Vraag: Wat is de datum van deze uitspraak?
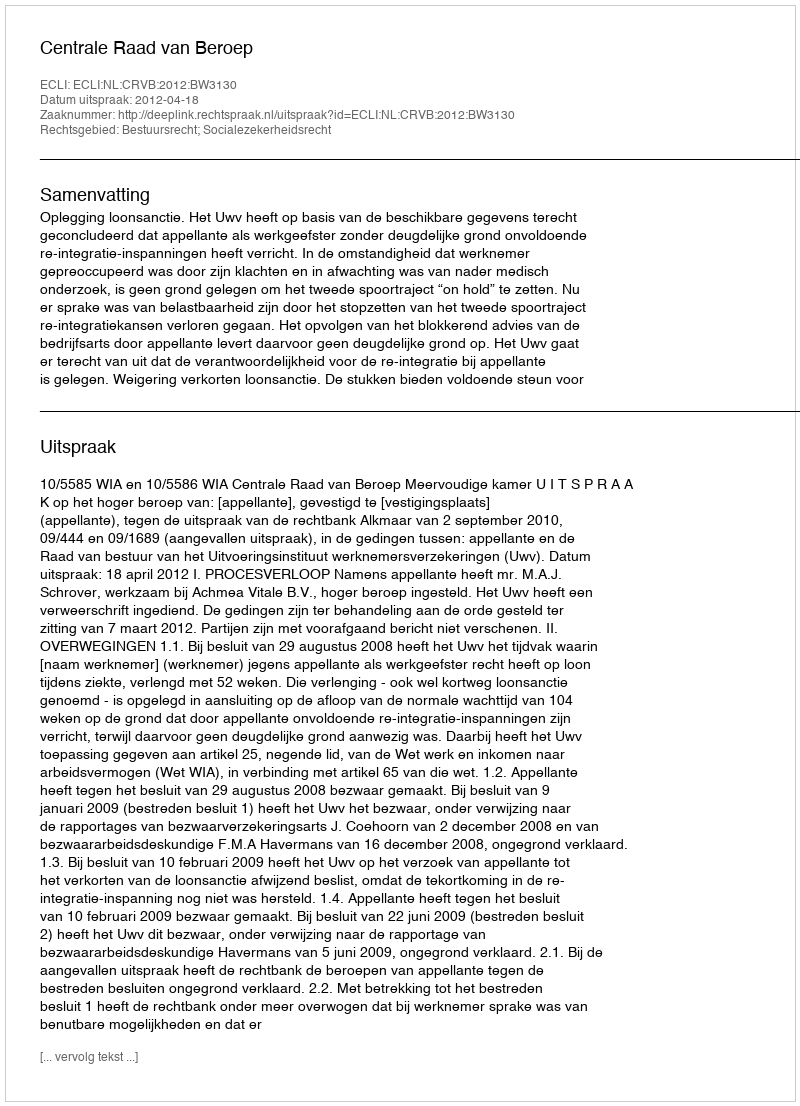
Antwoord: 2012-04-18